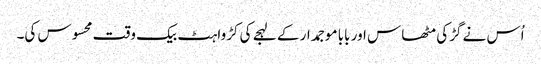
اُس نے گڑکی مٹھاس اور بابا موجمدار کے لہجے کی کڑواہٹ بیک وقت محسوس کی۔